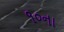
૧૦ના